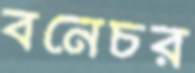
বনেচর